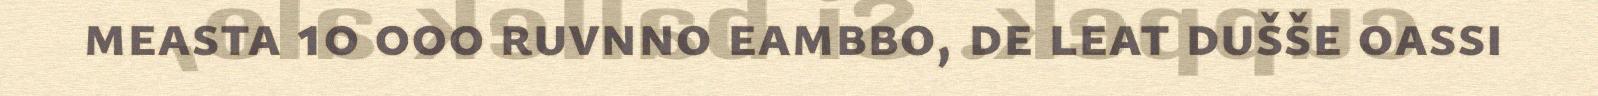
measta 10 000 ruvnno eambbo, de leat dušše oassi